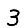
Digit: 3